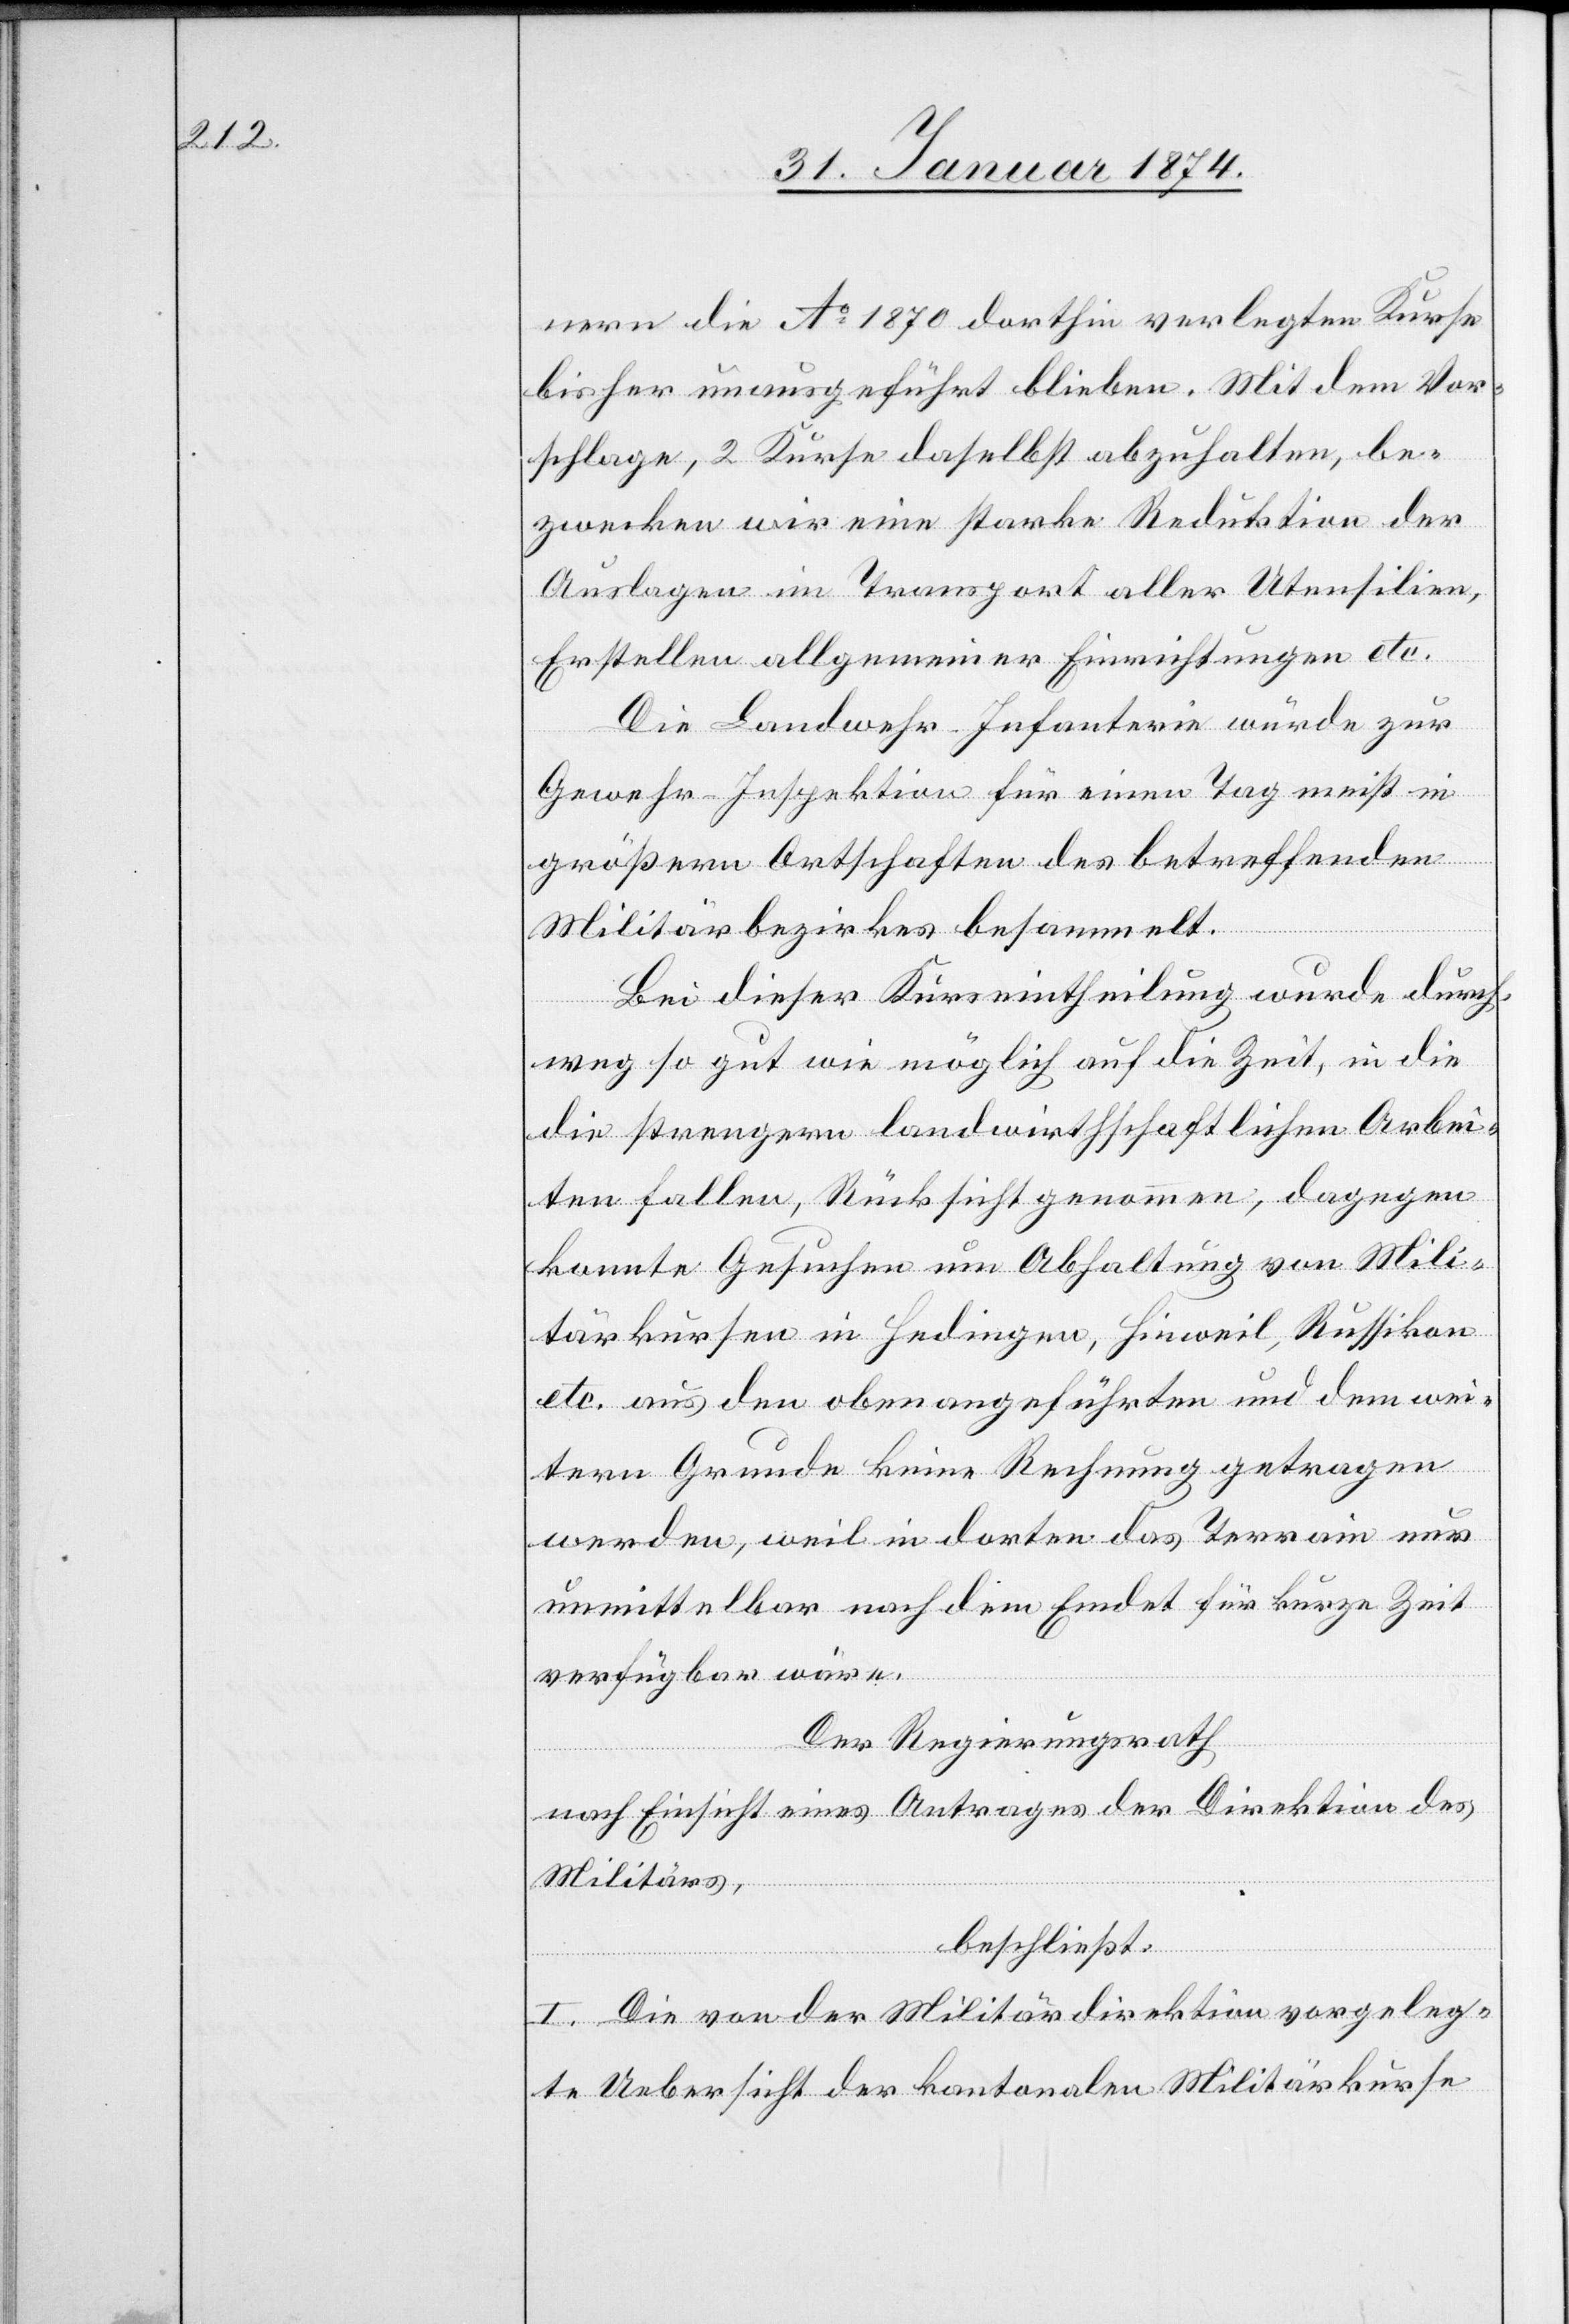
nern die Ao 1870 dorthin verlegten Kurse
bisher unausgeführt blieben. Mit dem Vor¬
schlage, 2 Kurse daselbst abzuhalten, be¬
zwecken wir eine starke Reduktion der
Auslagen im Transport aller Utensilien,
Erstellen allgemeiner Einrichtungen etc.
Die Landwehr Infanterie wurde zur
Gewehr-Inspektion für einen Tag meist in
größern Ortschaften des betreffenden
Militärbezirkes besammelt.
Bei dieser Kurseintheilung wurde durch¬
weg so gut wie möglich auf die Zeit, in die
die strengern landwirthschaftlichen Arbei¬
ten fallen, Rücksicht genommen, dagegen
konnte Gesuchen um Abhaltung von Mili¬
tärkursen in Hedingen, Hinweil, Russikon
etc. aus den oben angeführten und dem wei¬
tern Grunde keine Rechnung getragen
werden, weil in dorten das Terrain nur
unmittelbar nach dem Emdet für kurze Zeit
verfügbar wäre.
Der Regierungsrath
nach Einsicht eines Antrages der Direktion des
Militärs,
beschließt:
I. Die von der Militärdirektion vorgeleg¬
te Uebersicht der kantonalen Militärkurse